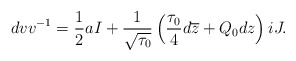
\begin{align*}dvv^{-1}=\frac{1}{2}aI+\frac{1}{\sqrt{\tau_0}}\left(\frac{\tau_0}{4}d\overline{z}+Q_0dz\right)iJ.\end{align*}